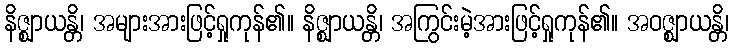
နိဇ္ဈာယန္တိ၊ အများအားဖြင့်ရှုကုန်၏။ နိဇ္ဈာယန္တိ၊ အကြွင်းမဲ့အားဖြင့်ရှုကုန်၏။ အဝဇ္ဈာယန္တိ၊